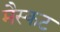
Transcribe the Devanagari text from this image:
मैस्कट